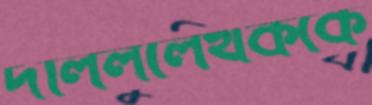
দলিললেখককে